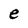
Character: e